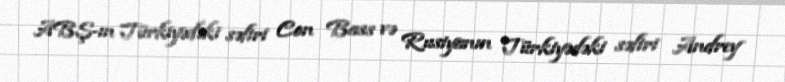
ABŞ-ın Türkiyədəki səfiri Con Bass və Rusiyanın Türkiyədəki səfiri Andrey